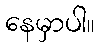
နေမှာပါ။